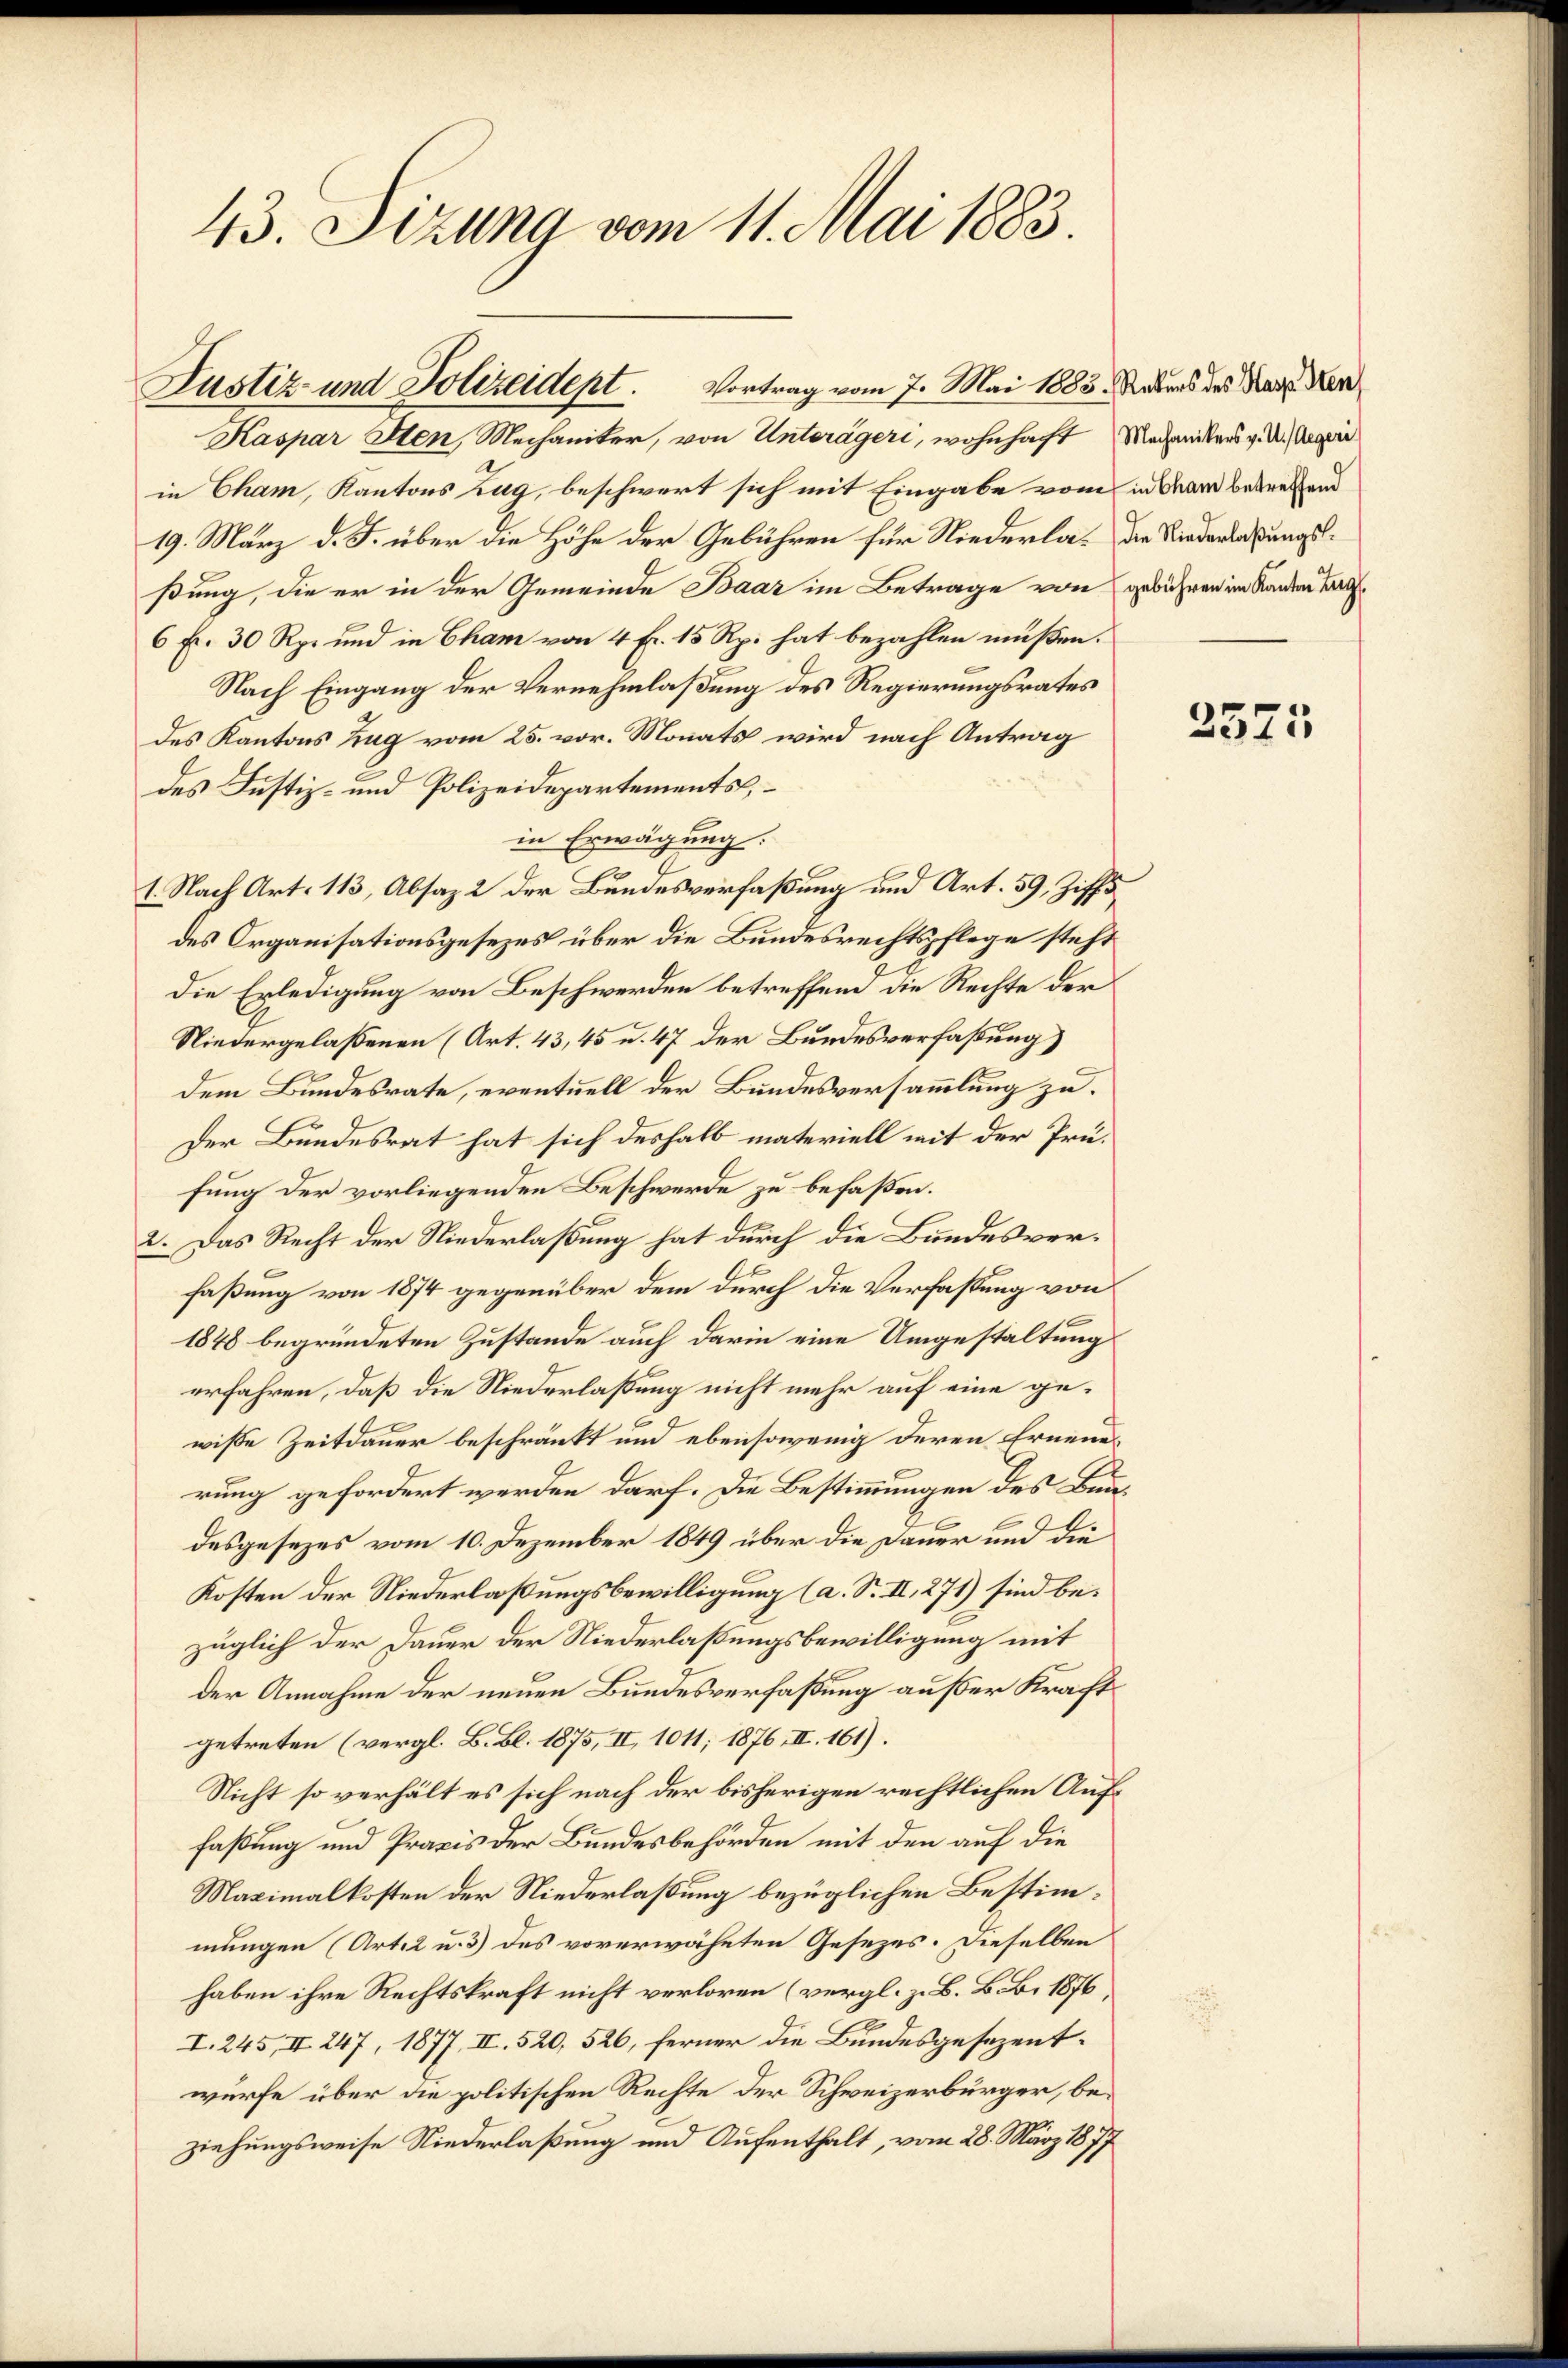
43. Sizung vom 11. Mai 1883.

Justiz und Polizeidept. Vortrag vom 7. Mai 1883.

Kaspar Sten, Mechaniker, von Unterägeri, wohnhaft
in Cham, Kantons Zug, beschwert sich mit Eingabe vom in Mann betreffend
19. März d. J. über die Höhe der Gebühren für Niederlaßung, die er in der Gemeinde Baar im Betrage von
6 Fr. 30 Rp. und in Cham von 4 Fr. 15 Rp. hat bezahlen müßen.
Nach Eingang der Vernehmlaßung des Regierungsrates
des Kantons Zug vom 25. vor. Monats wird nach Antrag
des Justiz- und Polizeidepartements
in Erwägung.
1. Nach Art. 113, Absaz 2 der Bundesverfaßung und Art. 59, Ziffs
des Organisationsgesezes über die Bundesrechtspflege steht
die Erledigung von Beschwerden betreffend die Rechte der
Niedergelaßenen (Art. 43, 45 u. 47 der Bundesverfaßung)
Dem Bundesrate, eventuell der Bundesversammlung zu.
Der Bundesrat hat sich deshalb materiell mit der Prüfung der vorliegenden Beschwerde zu befaßen.
2. Das Recht der Niederlaßung hat durch die Bundesverfaßung von 1874 gegenüber dem durch die Verfassung von
1848 begründeten Zustande auch darin eine Umgestaltung
erfahren, daß die Niederlaßung nicht mehr auf eine gewisse Zeitdauer beschränkt und ebensowenig deren Erneuerung gefordert werden darf. Die Bestimmungen des Baudesgesezes vom 10. Dezember 1849 über die Dauer und die
Kosten der Niederlaßungsbewilligung (a. S. II, 271) sind bezüglich der Dauer der Niederlaßungsbewilligung mit
der Annahme der neuen Bundesverfaßung außer Kracht
getreten (vergl. B. Bl. 1875, II 1011; 1876, II. 161).
Nicht so verhält es sich nach der bisherigen rechtlichen Auffaßung und Praxis der Bundesbehörden mit den auf die
Maximalkosten der Niederlaßung bezüglichen Bestimmungen (Art. 2 u. 3) des vorerwähnten Gesezes. Dieselben
haben ihre Rechtskraft nicht verloren (vergl. z. B. B. B. 1876,
I. 245, II 247, 1877, II, 520, 526, ferner die Bundesgesezentwürfe über die politischen Rechte der Schweizerbürger, beziehungsweise Niederlaßung und Aufenthalt, vom 28. März 1877

Rekurs des Kasp. Sten
Mechanikers v. U. Aegeri
die Niederlaßungsgebühren im Kanton Tag.

2573